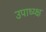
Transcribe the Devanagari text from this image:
उपाध्य्क्ष